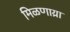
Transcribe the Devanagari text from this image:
मिळणाय्रा